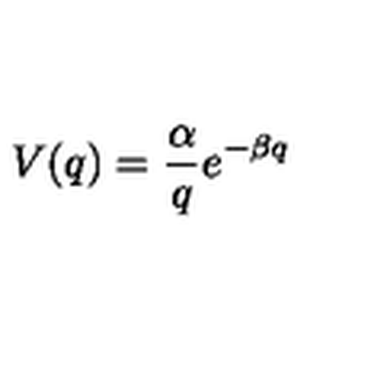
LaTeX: V ( q ) = \frac { \alpha } { q } e ^ { - \beta q }